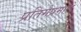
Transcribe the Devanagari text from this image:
प्रतिमेप्रमाणे